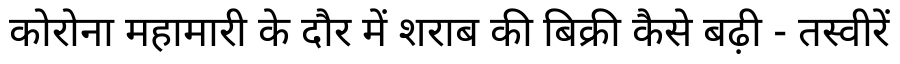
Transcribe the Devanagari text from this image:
कोरोना महामारी के दौर में शराब की बिक्री कैसे बढ़ी - तस्वीरें